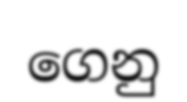
ගෙනු